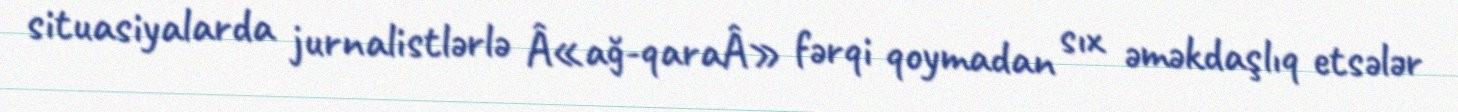
situasiyalarda jurnalistlərlə Â«ağ-qaraÂ» fərqi qoymadan sıx əməkdaşlıq etsələr